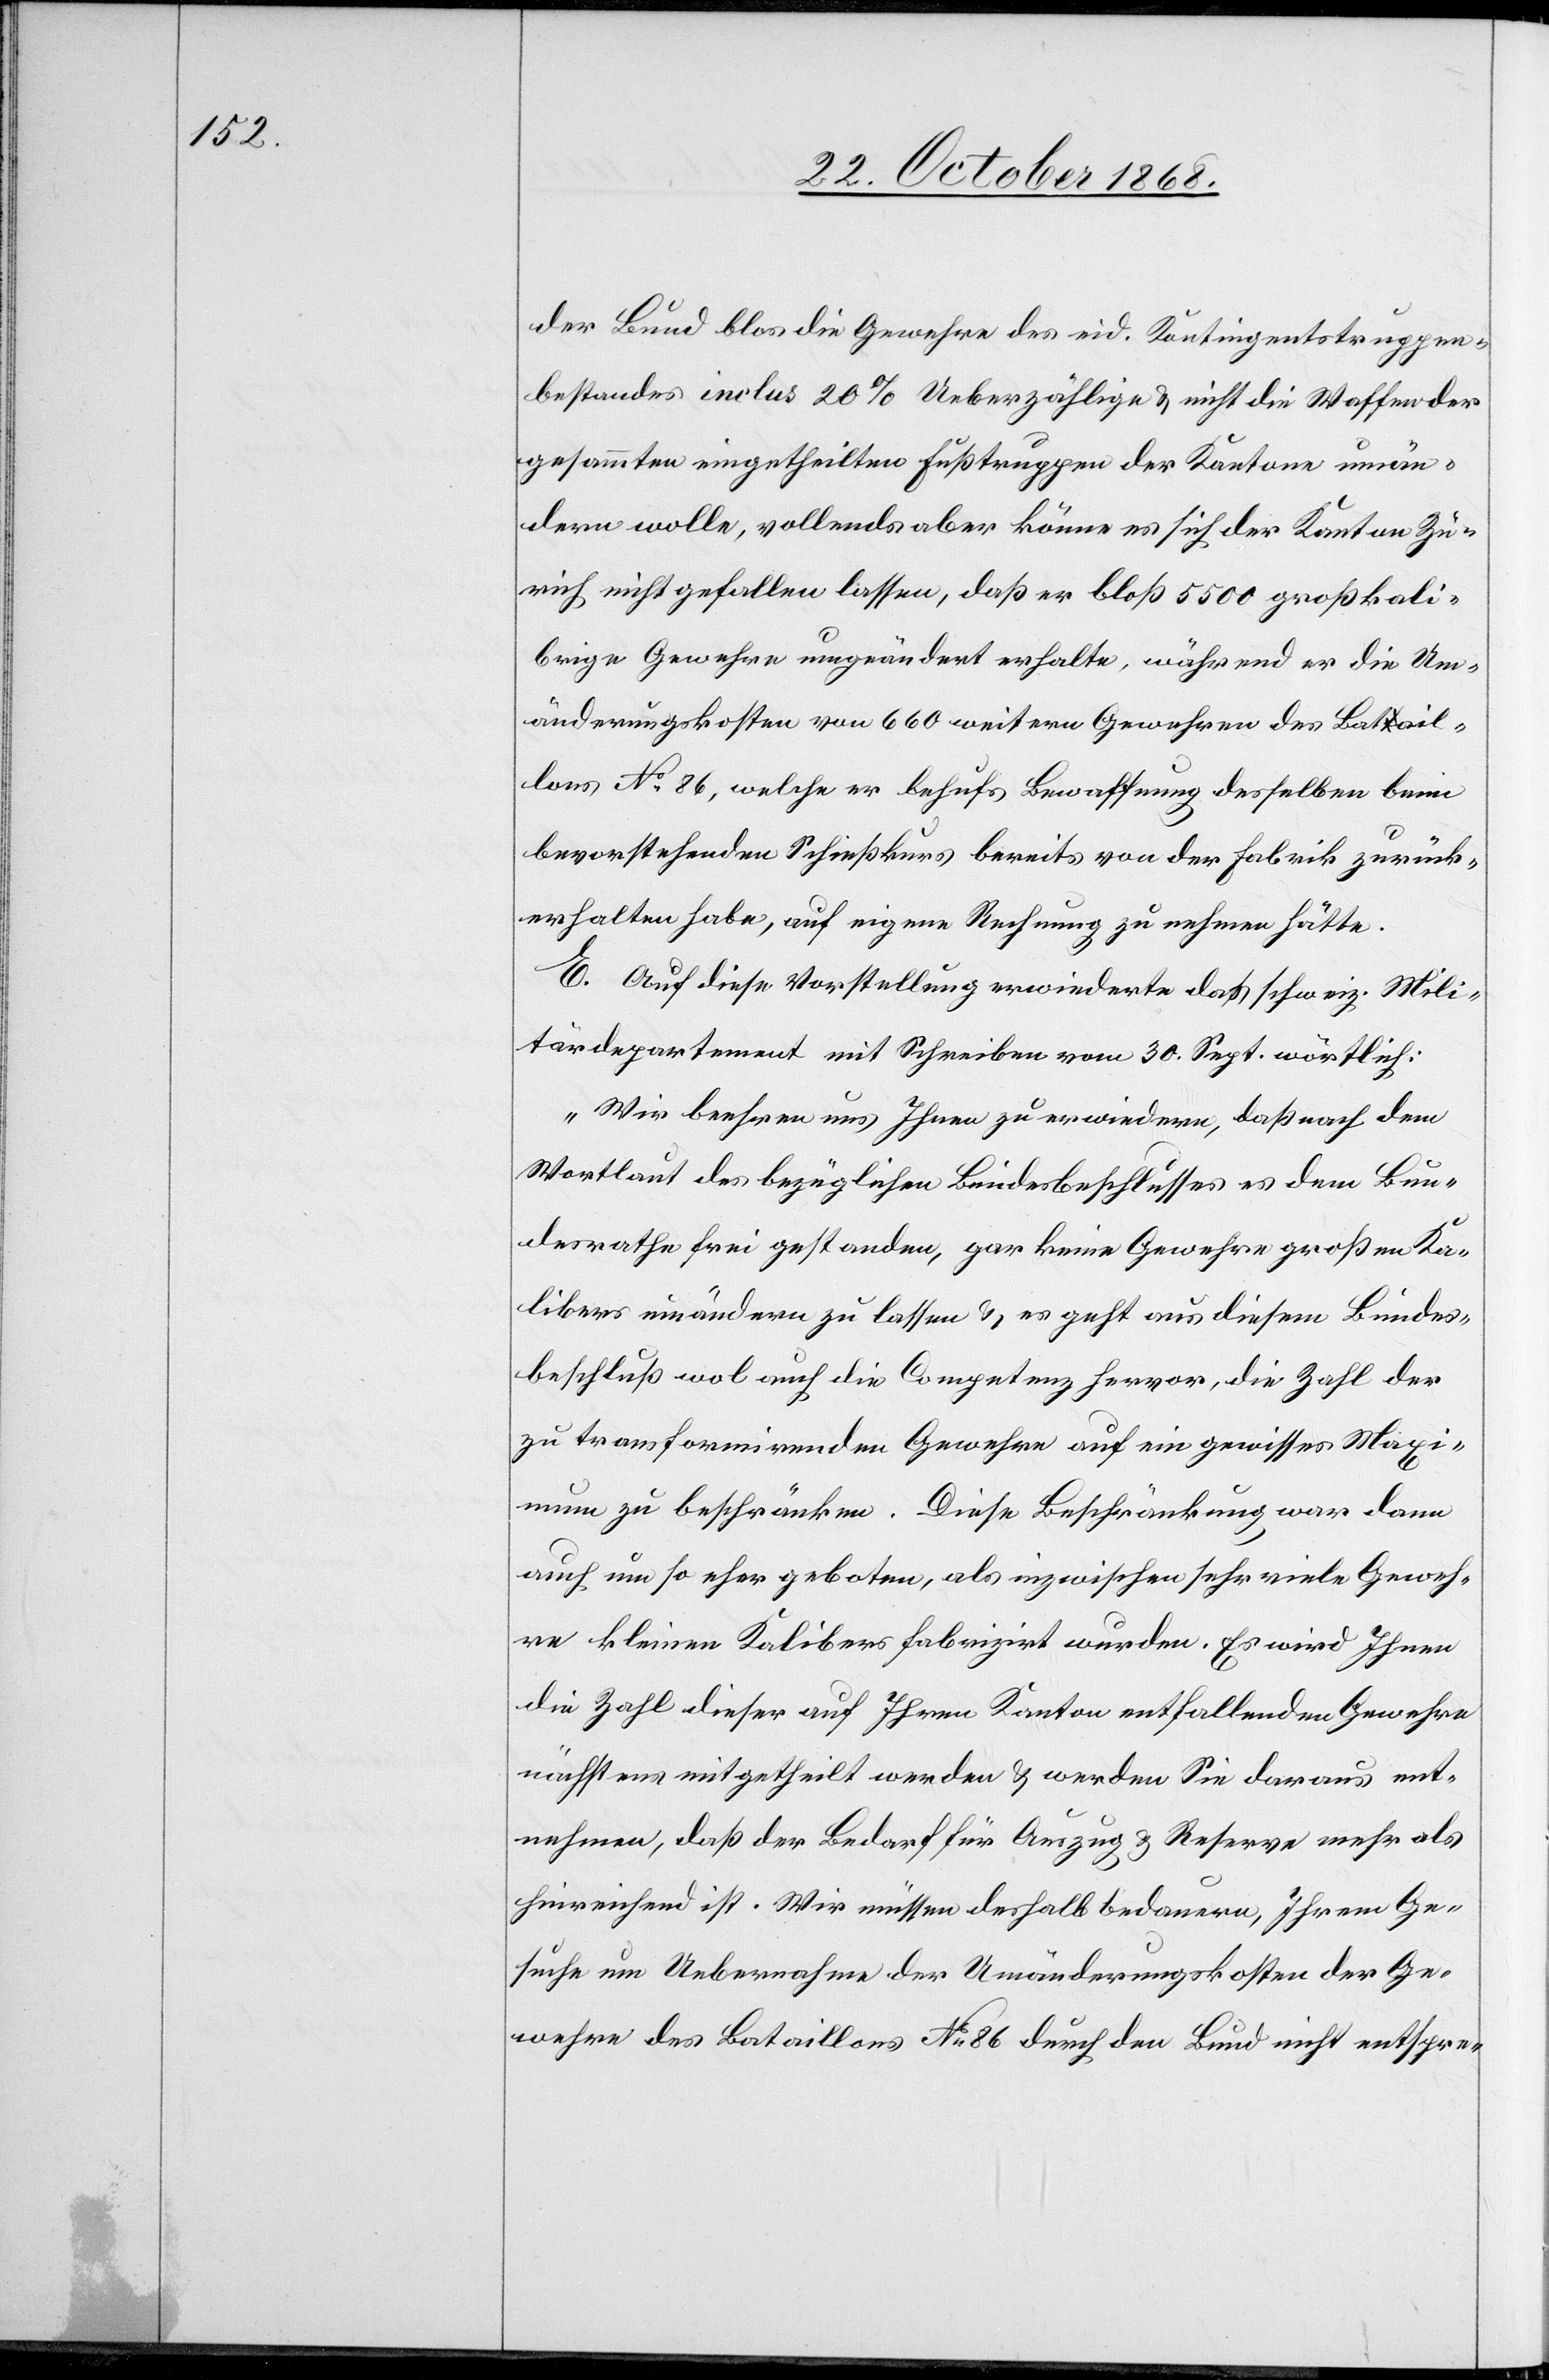
der Bund blos die Gewehre des eid. Kontingentstruppen¬
bestandes inclus 20% Ueberzählige & nicht die Waffen der
gesammten eingetheilten Fußtruppen der Kantone umän¬
dern wolle, vollends aber könne es sich der Kanton Zü¬
rich nicht gefallen lassen, daß er bloß 5500 großkali¬
brige Gewehre umgeändert erhalte, während er die Um¬
änderungskosten von 660 weitern Gewehren des Batail¬
lons No 86, welche er behufs Bewaffnung desselben beim
bevorstehenden Schießkurs bereits von der Fabrik zurück¬
erhalten habe, auf eigene Rechnung zu nehmen hätte.
E. Auf diese Vorstellung erwiederte das schweiz. Mili¬
tärdepartement mit Schreiben vom 30. Sept. wörtlich:
„Wir beehren uns Ihnen zu erwiedern, daß nach dem
Wortlaut des bezüglichen Bundesbeschlusses es dem Bun¬
desrathe frei gestanden, gar keine Gewehre großen Ka¬
libers umändern zu lassen & es geht aus diesem Bundes¬
beschluß wol auch die Competenz hervor, die Zahl der
zu transformirenden Gewehre auf ein gewisses Maxi¬
mum zu beschränken. Diese Beschränkung war dann
auch um so eher geboten, als inzwischen sehr viele Geweh¬
re kleinen Kalibers fabrizirt wurden. Es wird Ihnen
die Zahl dieser auf Ihren Kanton entfallenden Gewehre
nächstens mitgetheilt werden & werden Sie daraus ent¬
nehmen, daß der Bedarf für Auszug & Reserve mehr als
hinreichend ist. Wir müssen deshalb bedauern, Ihrem Ge¬
suche um Uebernahme der Umänderungskosten der Ge¬
wehre des Bataillons No 86 durch den Bund nicht entspre-